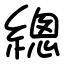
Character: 總